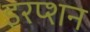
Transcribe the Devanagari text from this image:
इरप्शन